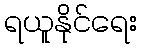
ရယူနိုင်ရေး